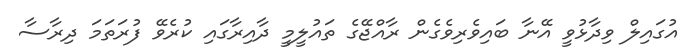
އުގައިލް ވިދާޅުވީ އޭނާ ބައިވެރިވެގެން ރާއްޖޭގެ ތައުލީމީ ދާއިރާގައި ކުރެވޭ ފުރަތަމަ ދިރާސާ